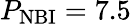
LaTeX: P_{\mathrm{NBI}}=7.5